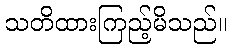
သတိထားကြည့်မိသည်။